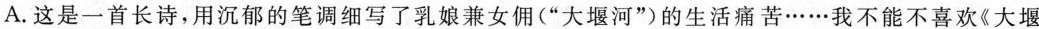
A.这是一首长诗，用沉郁的笔调细写了乳娘兼女佣(”大堰河”的生活痛苦……我不能不喜欢《大堰